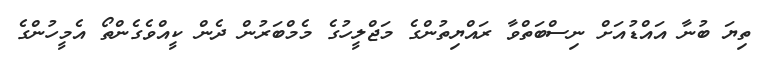
ތިޔަ ބުނާ އައްޑުއަށް ނިސްބަތްވާ ރައްޔިތުންގެ މަޖްލީހުގެ މެމްބަރުން ދެން ކީއްވެގެންތޯ އެމީހުންގެ